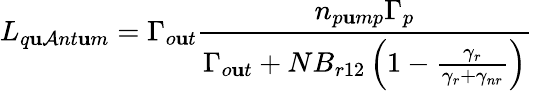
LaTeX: L_{q\mathbf{u}\mathcal{A}nt\mathbf{u}m}=\Gamma_{o\mathbf{u}t}\frac{{n_{p\mathbf{u}mp}\Gamma_{p}}}{{\Gamma_{o\mathbf{u}t}+NB_{r12}\left(1-\frac{{\gamma_{r}}}{{\gamma_{r}+\gamma_{nr}}}\right)}}